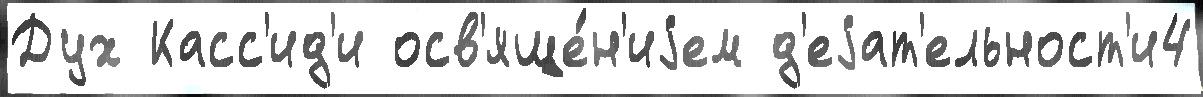
Дух Касс'ид'и осв'яще́н'иjем д'еjат'ельност'и4